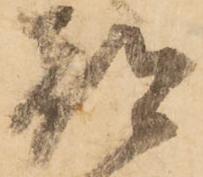
都